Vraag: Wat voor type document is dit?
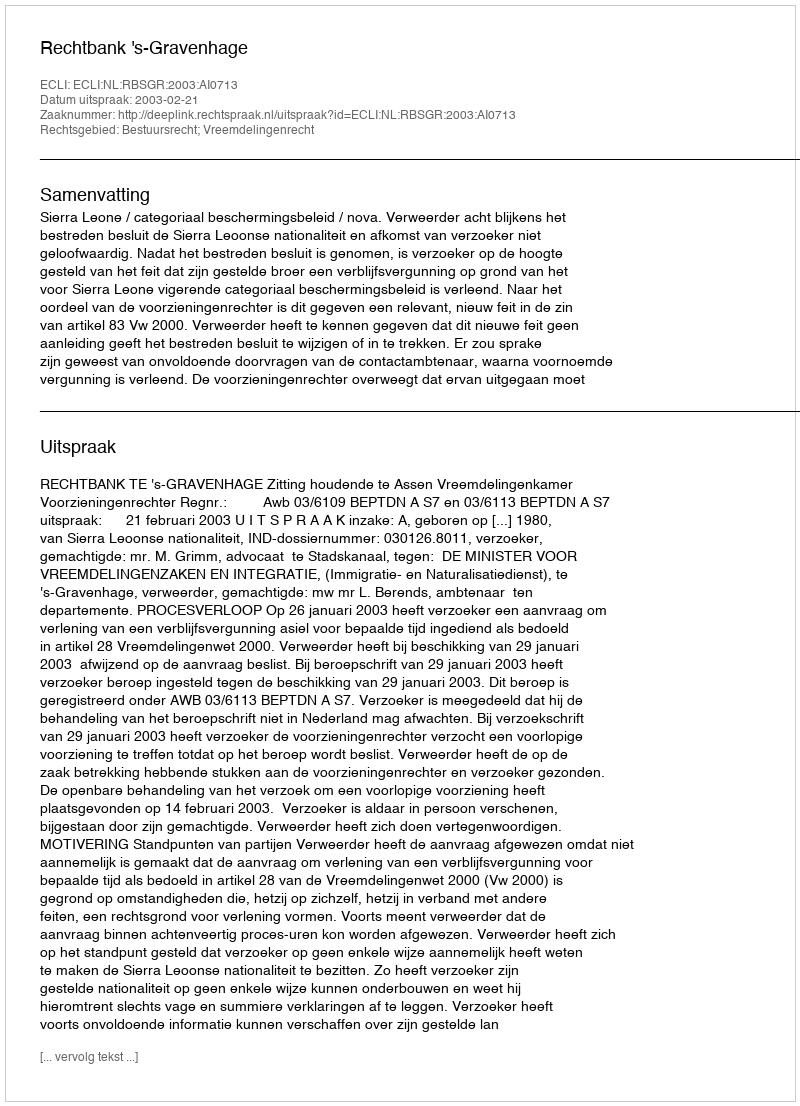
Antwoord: Uitspraak